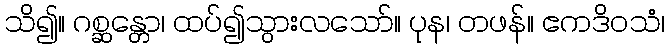
သိ၍။ ဂစ္ဆန္တော၊ ထပ်၍သွားလသော်။ ပုန၊ တဖန်။ ဧကဒိဝသံ၊